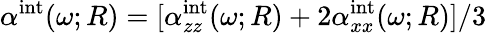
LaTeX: \alpha^{\mathrm{int}}(\omega;R)=[\alpha_{zz}^{\mathrm{int}}(\omega;R)+2\alpha_{xx}^{\mathrm{int}}(\omega;R)]/3